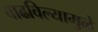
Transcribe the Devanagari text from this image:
वाढविल्यामुळे